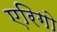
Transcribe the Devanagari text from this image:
एरिगो